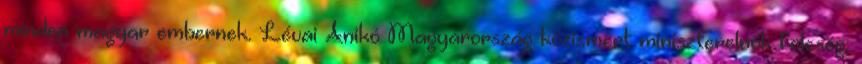
minden magyar embernek. Lévai Anikó Magyarország közismert miniszterelnök feleség,